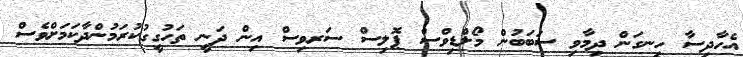
އެހާދިސާ ހިނގަން ދިމާވި ސަބަބުން މޯލްޑިވްސް ޕޮލިސް ސަރވިސް އިން ދަނީ ތަހުގީގުކުރަމުންދާކަމަށްވެސް